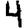
Digit: 4